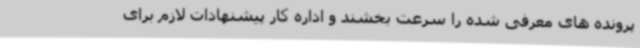
پرونده های معرفی شده را سرعت بخشند و اداره کار پیشنهادات لازم برای